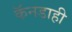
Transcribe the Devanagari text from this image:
कॅनडाही